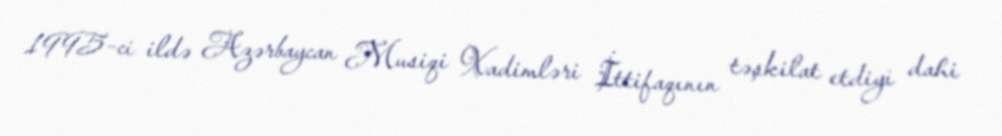
1995-ci ildə Azərbaycan Musiqi Xadimləri İttifaqının təşkilat etdiyi dahi